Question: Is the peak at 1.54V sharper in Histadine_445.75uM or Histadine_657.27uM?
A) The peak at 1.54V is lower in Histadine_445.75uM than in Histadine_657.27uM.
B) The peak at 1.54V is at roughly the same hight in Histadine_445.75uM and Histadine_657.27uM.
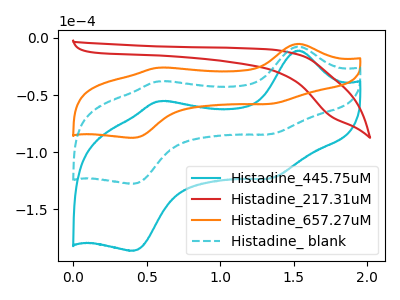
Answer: <think>The cyan curve "Histadine_445.75uM" has anodic peaks at (1.55V, -15.10uA) (0.60V, -75.90uA) and cathodic peaks at (1.35V, -168.60uA) (0.40V, -255.30uA). The red curve "Histadine_217.31uM" has no peaks. The orange curve "Histadine_657.27uM" has anodic peaks at (1.55V, -5.20uA) (0.60V, -26.00uA) and cathodic peaks at (1.35V, -57.75uA) (0.40V, -87.45uA). The cyan dashed curve "Histadine_ blank" has anodic peaks at (1.55V, -7.55uA) (0.60V, -37.95uA) and cathodic peaks at (1.35V, -84.30uA) (0.40V, -127.65uA).</think>
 <answer>A) The peak at 1.54V is lower in "Histadine_445.75uM" than in "Histadine_657.27uM".</answer>
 <eval>A</eval>